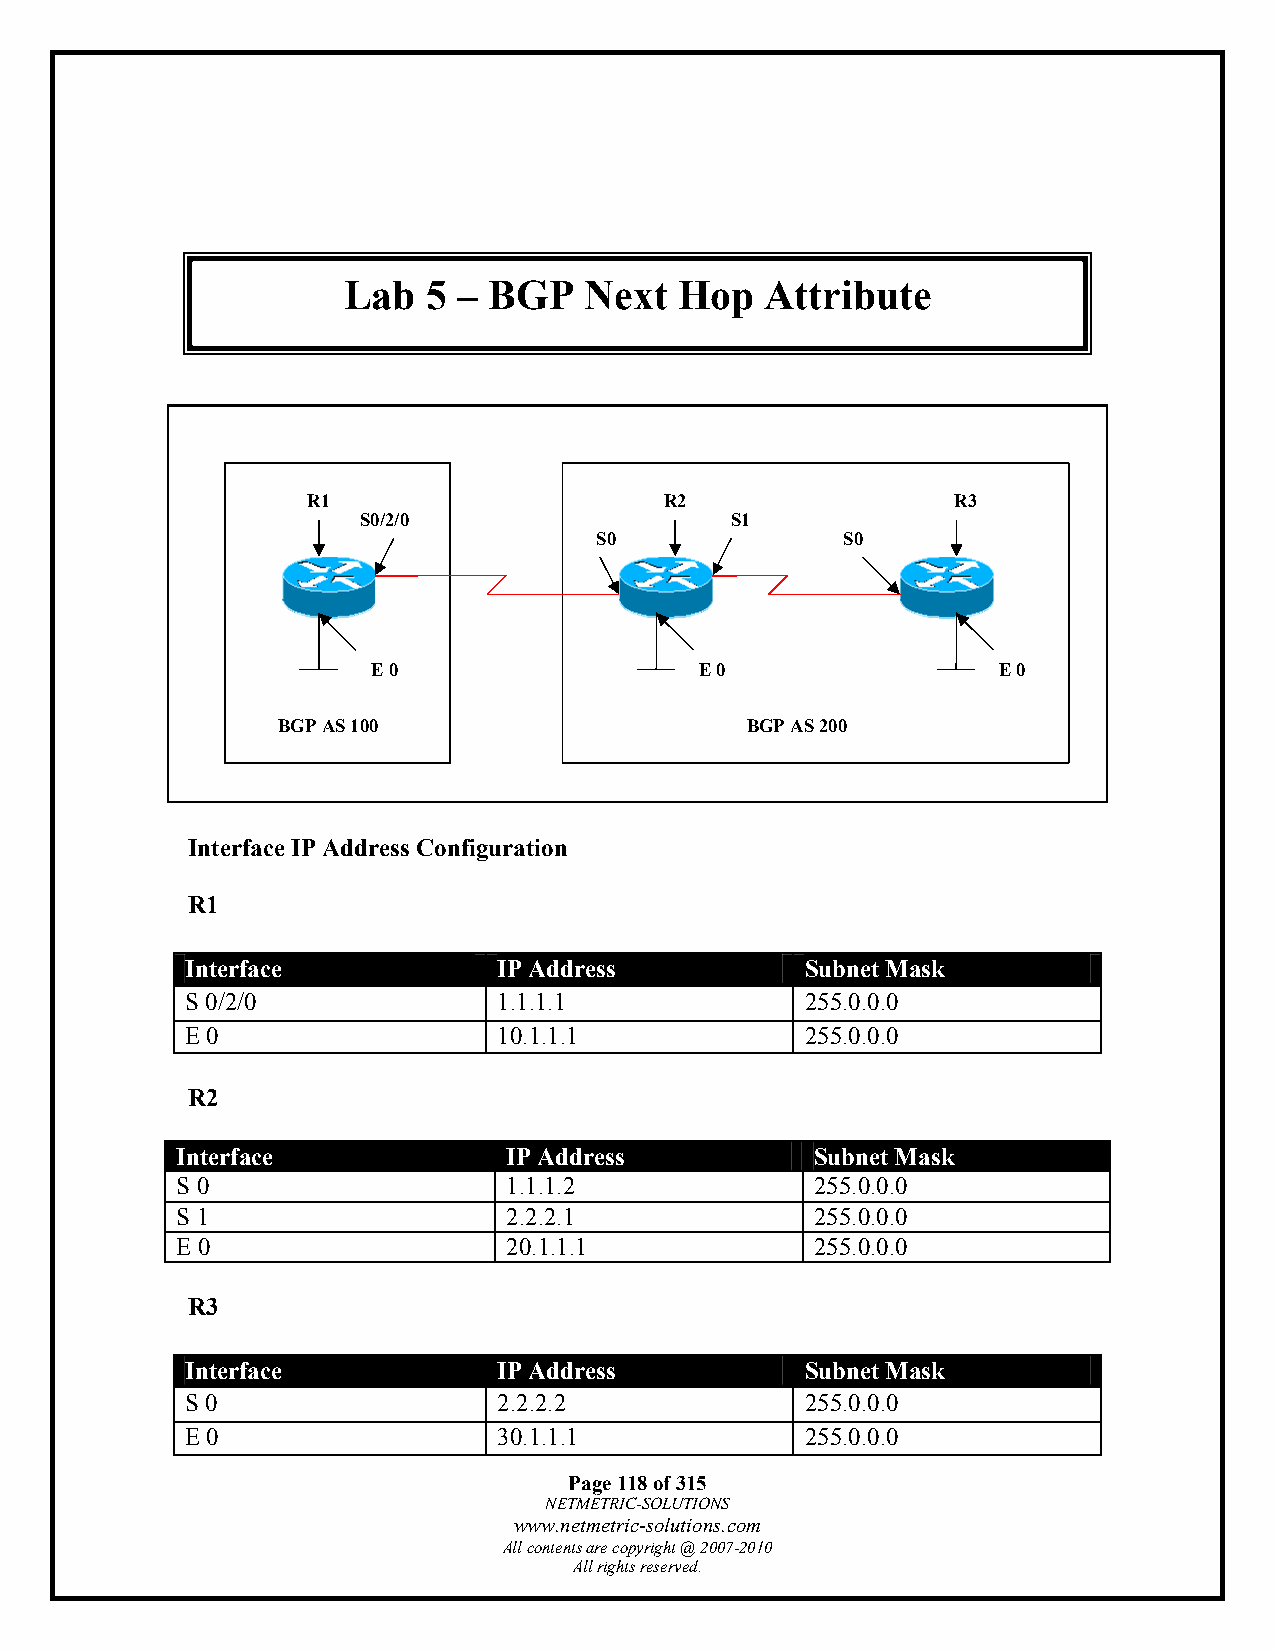
Lab  5 – BGP    Next  Hop   Attribute
 R1                      R2                 R3
 S0/2/0                  S1
 S0               S0
 E 0                  E 0                 E 0
 BGP AS 100                     BGP AS 200
 Interface IP Address Configuration
 R1
 Interface            IP Address          Subnet Mask
 S 0/2/0              1.1.1.1             255.0.0.0
 E 0                  10.1.1.1            255.0.0.0
 R2
 Interface             IP Address          Subnet Mask
 S 0                   1.1.1.2             255.0.0.0
 S 1                   2.2.2.1             255.0.0.0
 E 0                   20.1.1.1            255.0.0.0
 R3
 Interface            IP Address          Subnet Mask
 S 0                  2.2.2.2             255.0.0.0
 E 0                  30.1.1.1            255.0.0.0
 Page 118 of 315
 NETMETRIC-SOLUTIONS
 www.netmetric-solutions.com
 All contents are copyright @ 2007-2010
 All rights reserved.